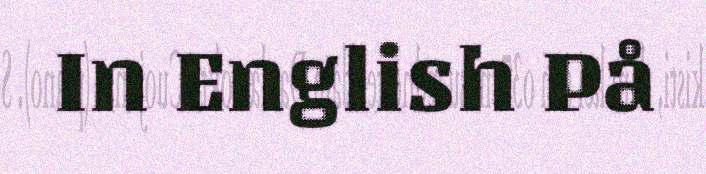
In English På